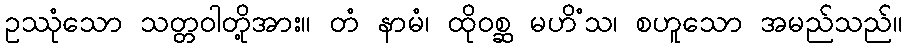
ဥဿုံသော သတ္တဝါတို့အား။ တံ နာမံ၊ ထိုဝစ္ဆ မဟိံသ၊ စဟူသော အမည်သည်။